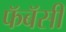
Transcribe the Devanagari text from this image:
फॅबॅसी